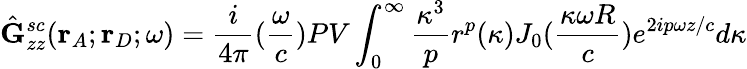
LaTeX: \hat{\mathbf{G}}_{zz}^{sc}(\mathbf{r}_{A};\mathbf{r}_{D};\omega)=\frac{i}{4{\pi}}(\frac{\omega}{c})PV\int_{0}^{\infty}\frac{\kappa^{3}}{p}r^{p}(\kappa)J_{0}(\frac{\kappa\omega R}{c})e^{2ip{\omega}z/c}d{\kappa}